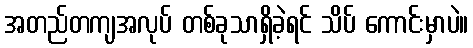
အတည်တကျအလုပ် တစ်ခုသာရှိခဲ့ရင် သိပ် ကောင်းမှာပဲ။